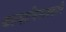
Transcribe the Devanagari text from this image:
कल्याणिमावदानि